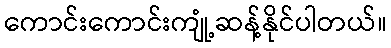
ကောင်းကောင်းကျုံ့ဆန့်နိုင်ပါတယ်။